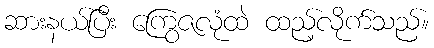
ဆားနယ်ပြီး ကြွေဇလုံထဲ ထည့်လိုက်သည်။